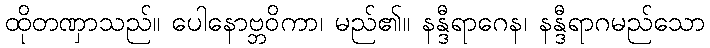
ထိုတဏှာသည်။ ပေါနောဗ္ဘဝိကာ၊ မည်၏။ နန္ဒီရာဂေန၊ နန္ဒီရာဂမည်သော